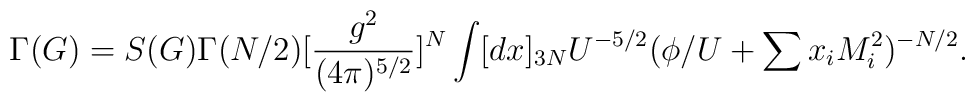
\Gamma(G)= S(G)\Gamma(N/2)[\frac{g^2}{(4\pi )^{5/2}}]^N\int [dx]_{3N}U^{-5/2}(\phi/U+\sum x_iM^2_i)^{-N/2}.